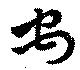
禹